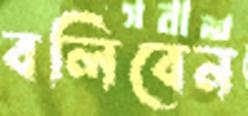
বলিবেন